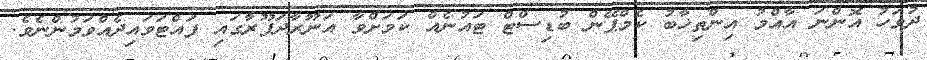
ދުވަހު އޮންނަ އާއްމު އިންތިޚާބު ކެމްޕޭން ބުޑިސްޓް ޓައުނެއް ކަމަށްވާ އަނޫރާދަޕޫރާގައި ފައްޓަވައިދެއްވަމުންނެވެ.